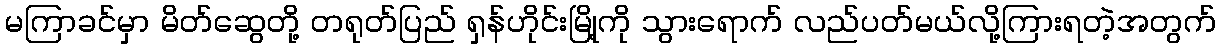
မကြာခင်မှာ မိတ်ဆွေတို့ တရုတ်ပြည် ရှန်ဟိုင်းမြို့ကို သွားရောက် လည်ပတ်မယ်လို့ကြားရတဲ့အတွက်